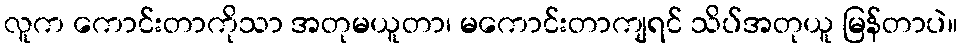
လူက ကောင်းတာကိုသာ အတုမယူတာ၊ မကောင်းတာကျရင် သိပ်အတုယူ မြန်တာပဲ။